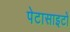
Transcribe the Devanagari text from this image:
पेटासाइटों